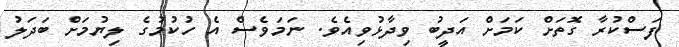
ފަސްކުރާ ގޮތަށް ކަމަށް އަދީބު ވިދާޅުވިއެވެ. ނަމަވެސް އެ ހުކުމުގެ ލިޔުމަށް ބަދަލު